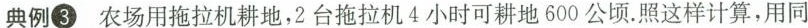
典例③ 农场用拖拉机耕地，2台拖拉机4小时可耕地600公顷。照这样计算，用同